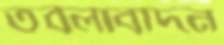
তবলাবাদন